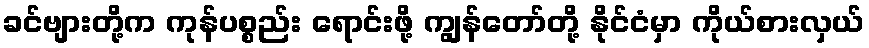
ခင်ဗျားတို့က ကုန်ပစ္စည်း ရောင်းဖို့ ကျွန်တော်တို့ နိုင်ငံမှာ ကိုယ်စားလှယ်